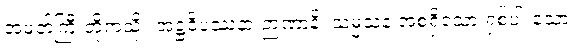
အမတ်ကြီးတို့ကဲ့သို့။ အဋ္ဌဝိပဿနာ ဉာဏာနိ၊ သမ္မသန အစရှိသော ရှစ်ပါးသော